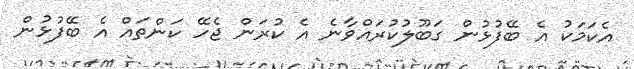
އެކަމަކު އެ ބޭފުޅުން ގަބޫލުކުރައްވާނެ އެ ކުރަން ޖެހޭ ކަންތައް އެ ބޭފުޅުން